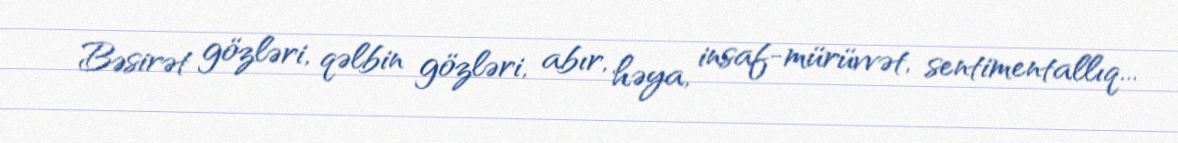
Bəsirət gözləri, qəlbin gözləri, abır, həya, insaf-mürüvvət, sentimentallıq...